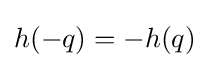
h(-q)=-h(q)